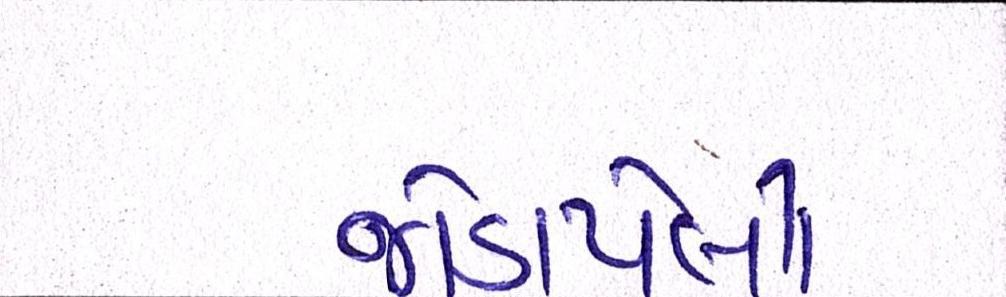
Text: જોડાયેલી